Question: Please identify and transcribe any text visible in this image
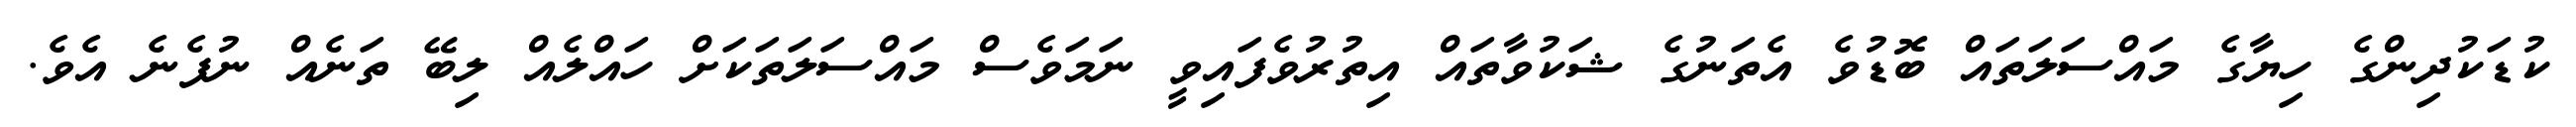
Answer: ކުޑަކުދިންގެ ހިޔާގެ މައްސަލަތައް ބޮޑުވެ އެތަނުގެ ޝަކުވާތައް އިތުރުވެފައިވީ ނަމަވެސް މައްސަލަތަކަށް ހައްލެއް ލިބޭ ތަނެއް ނުފެނެ އެވެ.